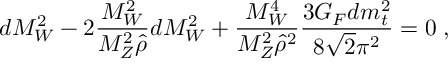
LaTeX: d M _ { W } ^ { 2 } - 2 \frac { M _ { W } ^ { 2 } } { M _ { Z } ^ { 2 } \hat { \rho } } d M _ { W } ^ { 2 } + \frac { M _ { W } ^ { 4 } } { M _ { Z } ^ { 2 } \hat { \rho } ^ { 2 } } \frac { 3 G _ { F } d m _ { t } ^ { 2 } } { 8 \sqrt 2 \pi ^ { 2 } } = 0 \; ,